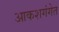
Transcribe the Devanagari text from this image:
आकशगंगेत